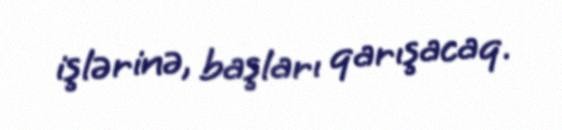
işlərinə, başları qarışacaq.